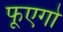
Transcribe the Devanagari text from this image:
फूएगो